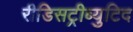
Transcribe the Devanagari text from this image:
रीडिसट्रीब्युटिद